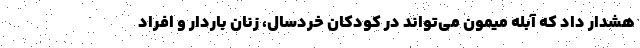
هشدار داد که آبله میمون می‌تواند در کودکان خردسال، زنان باردار و افراد